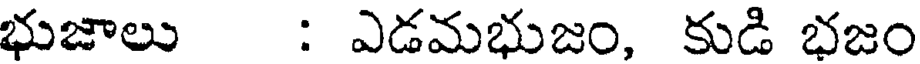
భుజాలు : ఎడమభుజం, కుడి భజం